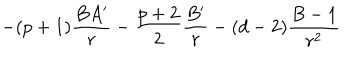
- ( p + 1 ) \frac { B A ^ { \prime } } { r } - \frac { p + 2 } { 2 } \frac { B ^ { \prime } } { r } - ( d - 2 ) \frac { B - 1 } { r ^ { 2 } }